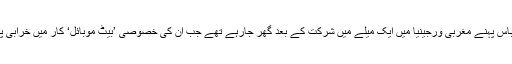
پولیس کا کہنا ہے کہ رابنسن پورے لوازمات کے ساتھ بیٹ مین کا لباس پہنے مغربی ورجینیا میں ایک میلے میں شرکت کے بعد گھر جارہے تھے جب ان کی خصوصی ’بیٹ موبائل‘ کار میں خرابی پیدا ہوئی اور انہوں نے اس کا انجن چیک کرنے کے لیے اسے روکا۔